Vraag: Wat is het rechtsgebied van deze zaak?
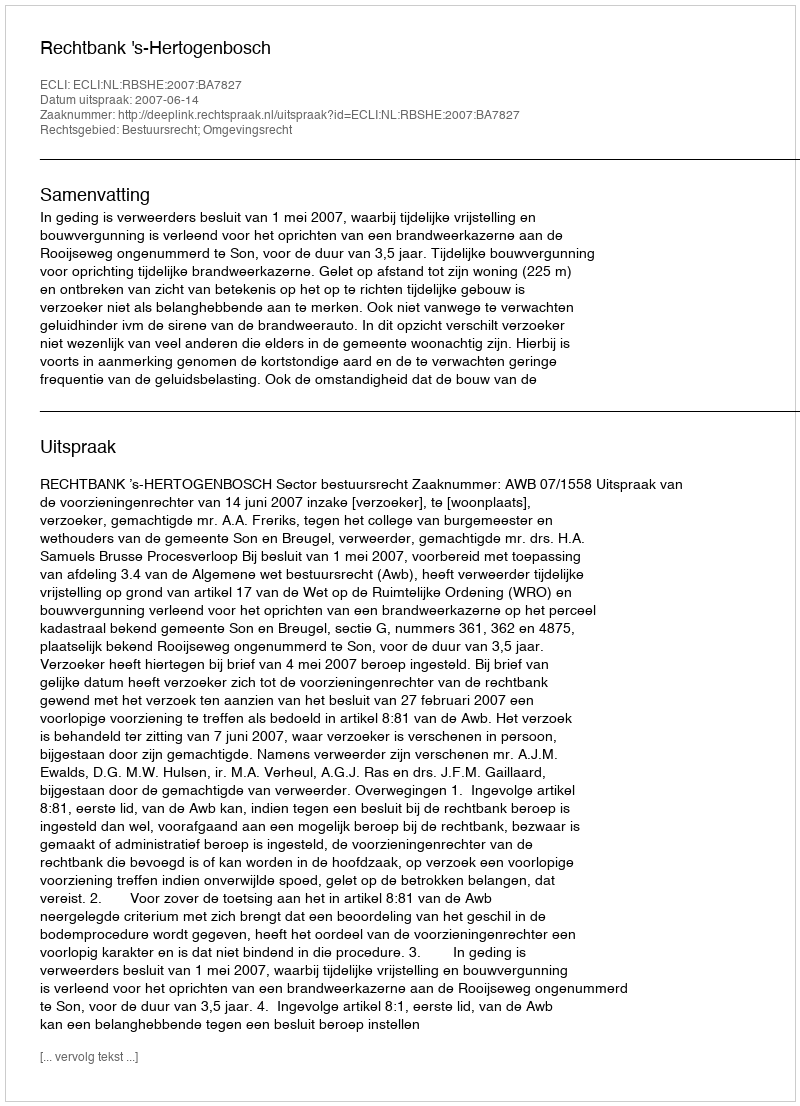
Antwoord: Bestuursrecht; Omgevingsrecht